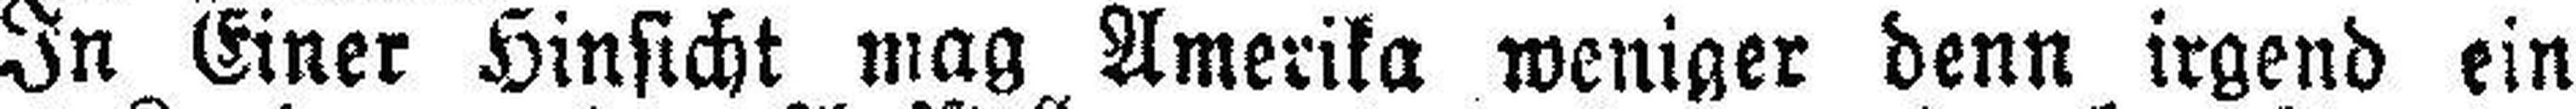
In Einer Hinsicht mag Amerika weniger denn irgend ein